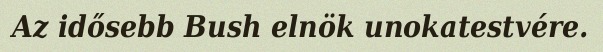
Az idősebb Bush elnök unokatestvére.